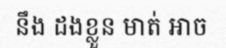
នឹង ដងខ្លួន មាត់ អាច